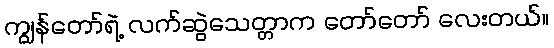
ကျွန်တော်ရဲ့ လက်ဆွဲသေတ္တာက တော်တော် လေးတယ်။